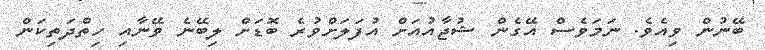
ބޭނުން ވިއެވެ. ނަމަވެސް އޭގެން ޝުޖާއުއަށް އުފަލަށްވުރެ ބޮޑަށް ލިބޭނެ ވޭނާއި ހިތްދަތިކަން